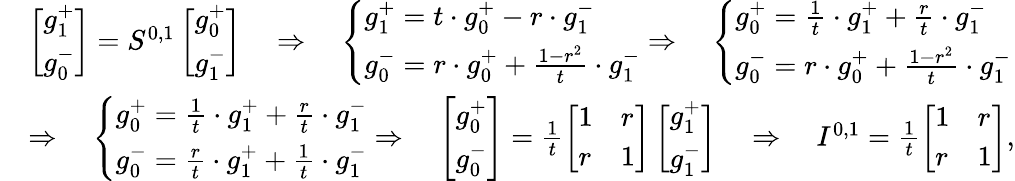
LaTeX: \begin{array}{rl}&{\left[\begin{array}{l}{g_{1}^{+}}\\ {g_{0}^{-}}\end{array}\right]=S^{0,1}\left[\begin{array}{l}{g_{0}^{+}}\\ {g_{1}^{-}}\end{array}\right]\quad\Rightarrow\quad\left\{ \begin{array}{ll}{g_{1}^{+}=t\cdot g_{0}^{+}-r\cdot g_{1}^{-}}\\ {g_{0}^{-}=r\cdot g_{0}^{+}+\frac{1-r^{2}}{t}\cdot g_{1}^{-}}\end{array}\right.\Rightarrow\quad\left\{ \begin{array}{ll}{g_{0}^{+}=\frac{1}{t}\cdot g_{1}^{+}+\frac{r}{t}\cdot g_{1}^{-}}\\ {g_{0}^{-}=r\cdot g_{0}^{+}+\frac{1-r^{2}}{t}\cdot g_{1}^{-}}\end{array}\right.}\\ &{\Rightarrow\quad\left\{ \begin{array}{ll}{g_{0}^{+}=\frac{1}{t}\cdot g_{1}^{+}+\frac{r}{t}\cdot g_{1}^{-}}\\ {g_{0}^{-}=\frac{r}{t}\cdot g_{1}^{+}+\frac{1}{t}\cdot g_{1}^{-}}\end{array}\right.\Rightarrow\quad\left[\begin{array}{l}{g_{0}^{+}}\\ {g_{0}^{-}}\end{array}\right]=\frac{1}{t}\left[\begin{array}{ll}{1}&{r}\\ {r}&{1}\end{array}\right]\left[\begin{array}{l}{g_{1}^{+}}\\ {g_{1}^{-}}\end{array}\right]\quad\Rightarrow\quad I^{0,1}=\frac{1}{t}\left[\begin{array}{ll}{1}&{r}\\ {r}&{1}\end{array}\right],}\end{array}